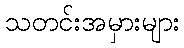
သတင်းအမှားများ